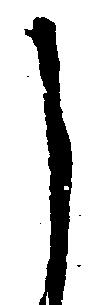
し